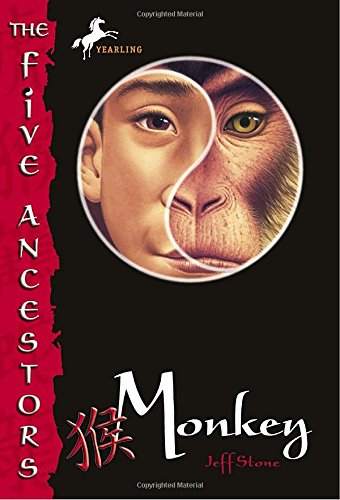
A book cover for Monkey (The Five Ancestors, Book 2); Jeff Stone; Children's Books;